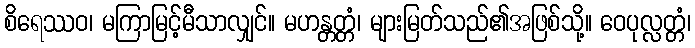
စိရေဿဝ၊ မကြာမြင့်မီသာလျှင်။ မဟန္တတ္တံ၊ များမြတ်သည်၏အဖြစ်သို့။ ဝေပုလ္လတ္တံ၊